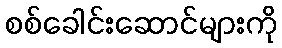
စစ်ခေါင်းဆောင်များကို